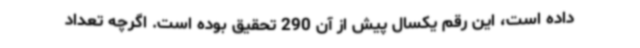
داده است، این رقم یکسال پیش از آن 290 تحقیق بوده است. اگرچه تعداد